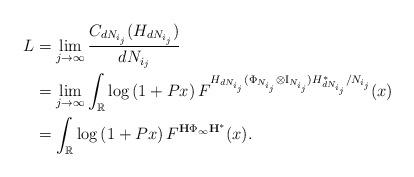
LaTeX: \begin{align*}L &= \lim_{j\rightarrow \infty }\frac{C_{dN_{i_{j}}}(H_{dN_{i_j}})}{dN_{i_{j}}}\\&= \lim_{j\rightarrow \infty }\int_{\mathbb{R}}\log \left( 1+ Px\right) F^{H_{dN_{i_j}}(\Phi_{N_{i_{j}}}\otimes{\rm I}_{N_{i_j}})H_{dN_{i_j}}^{\ast }/N_{i_{j}}}(x)\\&= \int_{\mathbb{R}}\log \left( 1+Px\right) F^{\mathbf{H}\Phi_{\infty }\mathbf{H}^{\ast }}(x).\end{align*}